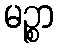
မဉ္စာ